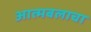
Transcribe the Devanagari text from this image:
आत्मबलाचा